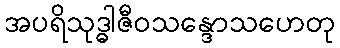
အပရိသုဒ္ဓါဇီဝသန္ဒောသဟေတု